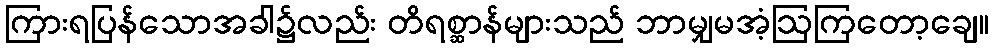
ကြားရပြန်သောအခါ၌လည်း တိရစ္ဆာန်များသည် ဘာမျှမအံ့ဩကြတော့ချေ။